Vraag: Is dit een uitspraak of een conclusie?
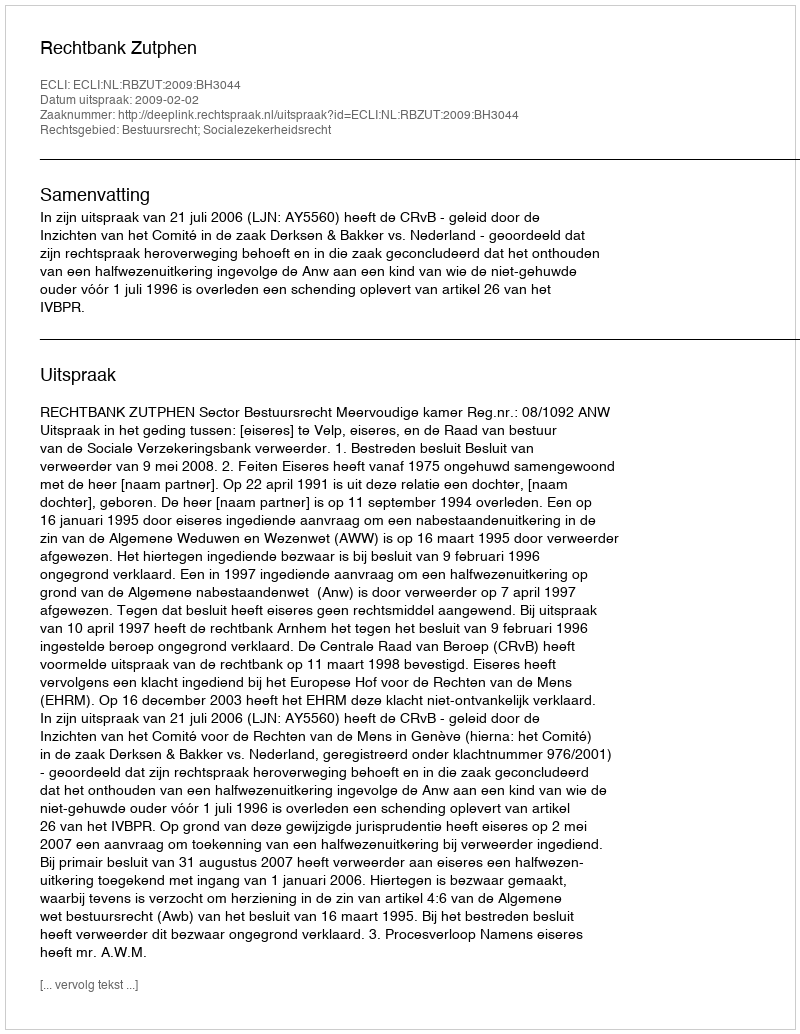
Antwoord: Uitspraak